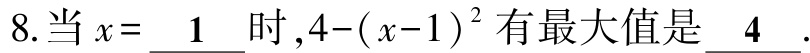
8.当 \(x = \underline{1}\) 时，\(4-(x - 1)^{2}\) 有最大值是 \underline{4} .